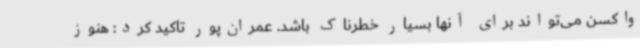
واکسن می‌تواند برای آنها بسیار خطرناک باشد. عمران‌پور تاکید کرد: هنوز